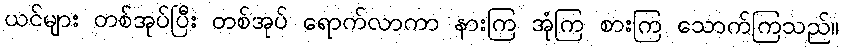
ယင်များ တစ်အုပ်ပြီး တစ်အုပ် ရောက်လာကာ နားကြ အုံကြ စားကြ သောက်ကြသည်။